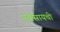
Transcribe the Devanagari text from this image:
गवसायची